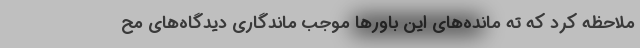
ملاحظه کرد که ته مانده‌های این باورها موجب ماندگاری دیدگاه‌های مح